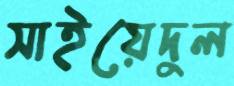
সাইয়েদুল